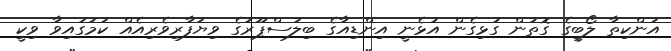
އަންކިތާ ލޯބީގެ ގޮތުން ގުޅިގެން އުޅެނީ އިންޑިއާގެ ބިލަސްޕޫރުގެ ވިޔަފާރިވެރިއެއް ކަމުގައިވާ ވިކީ